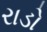
રાડો